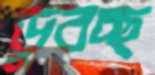
ডুবচ্ছ